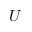
U